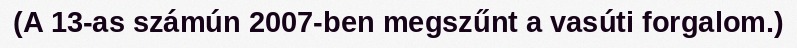
(A 13-as számún 2007-ben megszűnt a vasúti forgalom.)